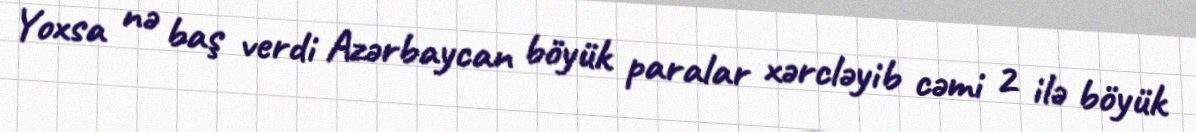
Yoxsa nə baş verdi Azərbaycan böyük paralar xərcləyib cəmi 2 ilə böyük